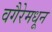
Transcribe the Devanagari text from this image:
वगैरेमधून